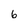
Character: 6